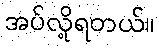
အပ်လို့ရတယ်။